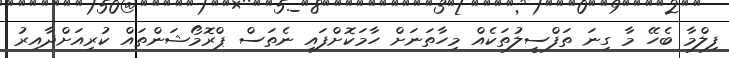
ފިލްމާ ބެހޭ މާ ގިނަ ތަފްސީލުތަކެއް މިހާތަނަށް ހާމަކޮށްފައި ނެތަސް ޕްރޮމޯޝަންތައް ކުރިއަށްދާއިރު